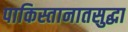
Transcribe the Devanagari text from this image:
पाकिस्तानातसुद्धा